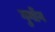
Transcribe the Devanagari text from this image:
गुगोंग